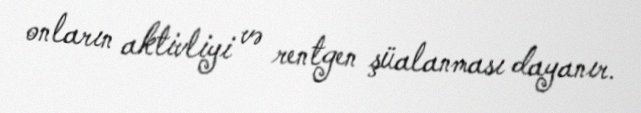
onların aktivliyi və rentgen şüalanması dayanır.